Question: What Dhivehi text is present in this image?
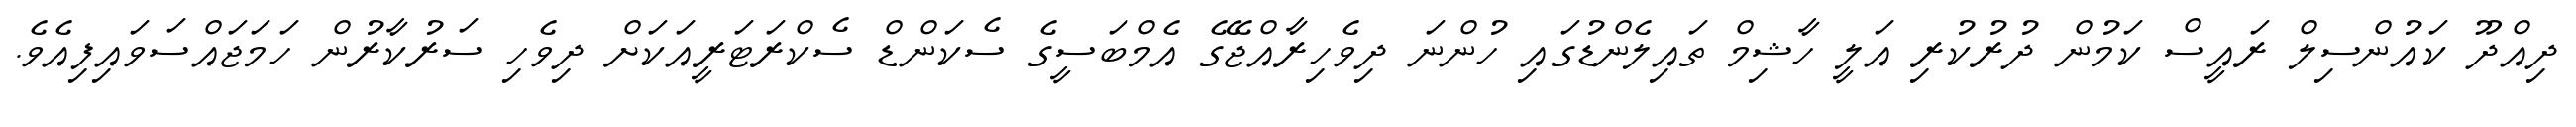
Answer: ދިއްދޫ ކައުންސިލް ރައީސް ކަމުން ދުރުކުރި އަލީ ހާޝިމް ތައިލެންޑުގައި ހުންނަ ދިވެހިރާއްޖޭގެ އެމްބަސީގެ ސެކަންޑް ސެކްރަޓަރީއަކަށް ދިވެހި ސަރުކާރުން ހަމަޖައްސަވައިފިއެވެ.